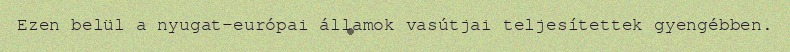
Ezen belül a nyugat-európai államok vasútjai teljesítettek gyengébben.